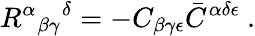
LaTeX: R^{\alpha}{}_{\beta\gamma}{}^{\delta}=-C_{\beta\gamma\epsilon}\bar{C}^{\alpha\delta\epsilon}\ .